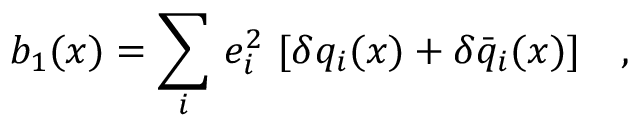
b _ { 1 } ( x ) = { \displaystyle \sum _ { i } } \ e _ { i } ^ { 2 } \ [ \delta q _ { i } ( x ) + \delta \bar { q } _ { i } ( x ) ] \ \ \ ,